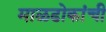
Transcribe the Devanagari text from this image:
माळढोकांची